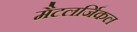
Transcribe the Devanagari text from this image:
मैटलर्जिकल